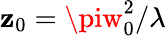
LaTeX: \mathbf{z}_{0}=\piw_{0}^{2}/\lambda